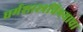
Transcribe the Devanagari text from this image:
धर्मशास्त्रविषयाचा